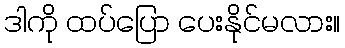
ဒါကို ထပ်ပြော ပေးနိုင်မလား။